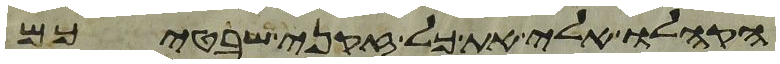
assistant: הקהלו אלי את כל זקני שבטיכם